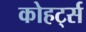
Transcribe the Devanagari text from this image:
कोहर्ट्स